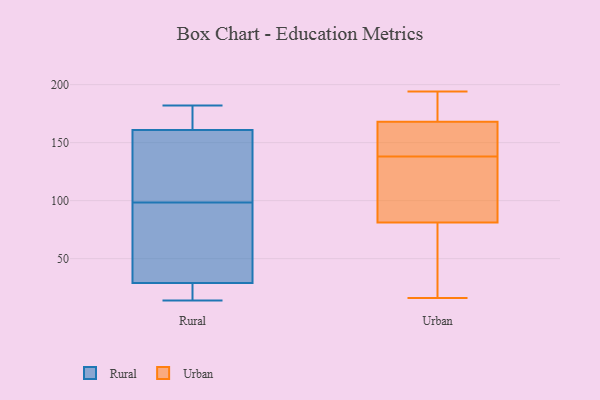
{"axis": {"x": "Energy Usage (MWh)", "y": "Value"}, "legend": ["Rural", "Urban"], "data": [{"x": "", "y": 63, "type": "Rural"}, {"x": "", "y": 182, "type": "Rural"}, {"x": "", "y": 108, "type": "Rural"}, {"x": "", "y": 14, "type": "Rural"}, {"x": "", "y": 28, "type": "Rural"}, {"x": "", "y": 14, "type": "Rural"}, {"x": "", "y": 56, "type": "Rural"}, {"x": "", "y": 104, "type": "Rural"}, {"x": "", "y": 136, "type": "Rural"}, {"x": "", "y": 93, "type": "Rural"}, {"x": "", "y": 181, "type": "Rural"}, {"x": "", "y": 169, "type": "Rural"}, {"x": "", "y": 29, "type": "Rural"}, {"x": "", "y": 161, "type": "Rural"}, {"x": "", "y": 22, "type": "Urban"}, {"x": "", "y": 141, "type": "Urban"}, {"x": "", "y": 128, "type": "Urban"}, {"x": "", "y": 67, "type": "Urban"}, {"x": "", "y": 178, "type": "Urban"}, {"x": "", "y": 106, "type": "Urban"}, {"x": "", "y": 194, "type": "Urban"}, {"x": "", "y": 16, "type": "Urban"}, {"x": "", "y": 138, "type": "Urban"}, {"x": "", "y": 171, "type": "Urban"}, {"x": "", "y": 146, "type": "Urban"}, {"x": "", "y": 27, "type": "Urban"}, {"x": "", "y": 86, "type": "Urban"}, {"x": "", "y": 144, "type": "Urban"}, {"x": "", "y": 131, "type": "Urban"}, {"x": "", "y": 167, "type": "Urban"}, {"x": "", "y": 186, "type": "Urban"}]}